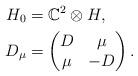
LaTeX: \begin{align*} H_0 &= \mathbb{C}^2\otimes H,\\ D_\mu &= \begin{pmatrix} D & \mu \\ \mu & -D\end{pmatrix}. \end{align*}